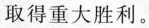
取得重大胜利。